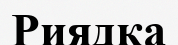
Риядқа